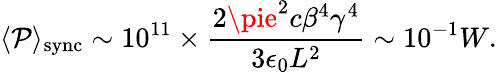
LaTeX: \langle\mathcal{P}\rangle_{\mathrm{{sync}}}\sim10^{11}\times\frac{{2\pie^{2}c\beta^{4}\gamma^{4}}}{{3\epsilon_{0}L^{2}}}\sim10^{-1}W.